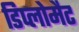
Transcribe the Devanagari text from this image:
डिप्लोमैट